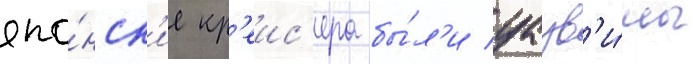
япо́нск'ие кр'еис'ера бы́л'и уазв'и́мы